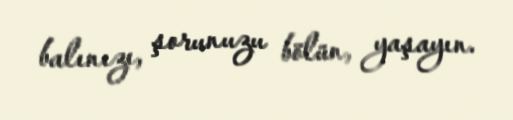
balınızı, şorunuzu bölün, yaşayın.